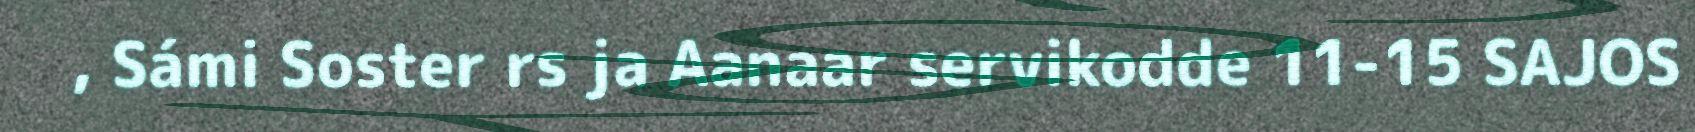
, Sámi Soster rs ja Aanaar servikodde 11-15 SAJOS